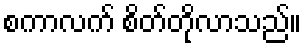
စကာလက် စိတ်တိုလာသည်။